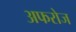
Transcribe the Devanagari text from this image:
अफरोज